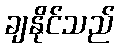
ချနိုင်သည်